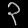
Digit: ၃